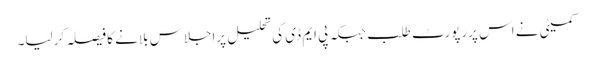
کمیٹی نے اس پررپورٹ طلب جبکہ پی ایم ڈی کی تحلیل پراجلاس بلانے کا فیصلہ کرلیا۔